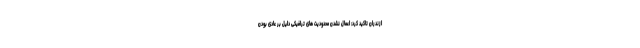
ازندران تاکید کرد: اعمال نشدن محدودیت های ترافیکی دلیل بر عادی بودن